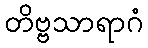
တိဗ္ဗသာရာဂံ